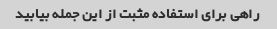
راهی برای استفاده مثبت از این جمله بیابید